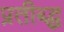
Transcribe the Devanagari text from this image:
प्रतीब्द्ध